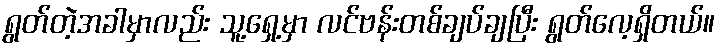
ရွတ်တဲ့အခါမှာလည်း သူ့ရှေ့မှာ လင်ဗန်းတစ်ချပ်ချပြီး ရွတ်လေ့ရှိတယ်။